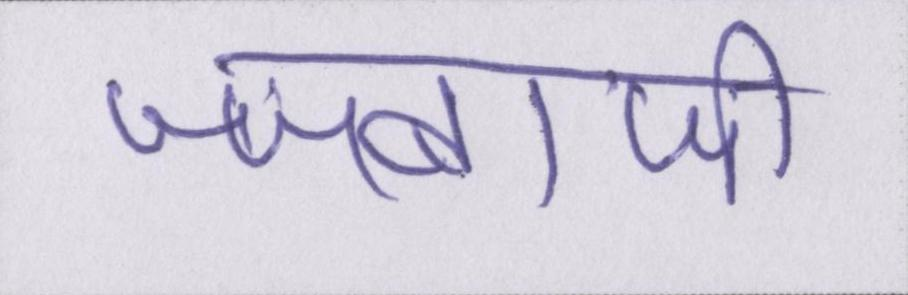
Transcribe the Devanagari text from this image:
जज्बाजी